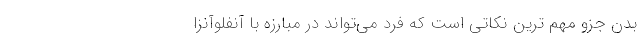
بدن جزو مهم ترین نکاتی است که فرد می‌تواند در مبارزه با آنفلوآنزا